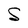
Character: S